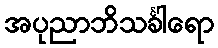
အပုညာဘိသင်္ခါရော